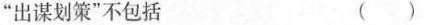
”出谋划策”不包括 ()